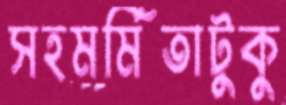
সহমর্মিতাটুকু